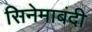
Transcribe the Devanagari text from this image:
सिनेमाबंदी